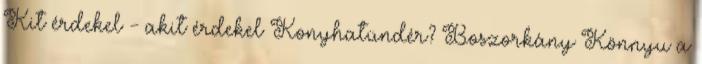
Kit érdekel - akit érdekel Konyhatündér? Boszorkány Könnyu a